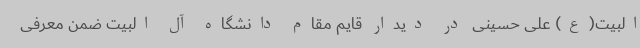
البیت(ع) علی حسینی در دیدار قایم مقام دانشگاه آل البیت ضمن معرفی